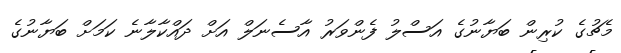
މެޗުގެ ކުރިން ބަޔާނުގެ އަސްލު ފެންވަރު އާސެނަލް އަށް ދައްކާލާނެ ކަމަށް ބަޔާނުގެ